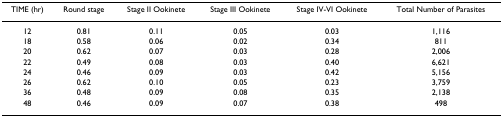
<table><thead><tr><td><b>TIME (hr)</b></td><td><b>Round stage</b></td><td><b>Stage II Ookinete</b></td><td><b>Stage III Ookinete</b></td><td><b>Stage IV-VI Ookinete</b></td><td><b>Total Number of Parasites</b></td></tr></thead><tbody><tr><td>12</td><td>0.81</td><td>0.11</td><td>0.05</td><td>0.03</td><td>1,116</td></tr><tr><td>18</td><td>0.58</td><td>0.06</td><td>0.02</td><td>0.34</td><td>811</td></tr><tr><td>20</td><td>0.62</td><td>0.07</td><td>0.03</td><td>0.28</td><td>2,006</td></tr><tr><td>22</td><td>0.49</td><td>0.08</td><td>0.03</td><td>0.40</td><td>6,621</td></tr><tr><td>24</td><td>0.46</td><td>0.09</td><td>0.03</td><td>0.42</td><td>5,156</td></tr><tr><td>26</td><td>0.62</td><td>0.10</td><td>0.05</td><td>0.23</td><td>3,759</td></tr><tr><td>36</td><td>0.48</td><td>0.09</td><td>0.08</td><td>0.35</td><td>2,138</td></tr><tr><td>48</td><td>0.46</td><td>0.09</td><td>0.07</td><td>0.38</td><td>498</td></tr></tbody></table>